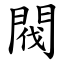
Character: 閥